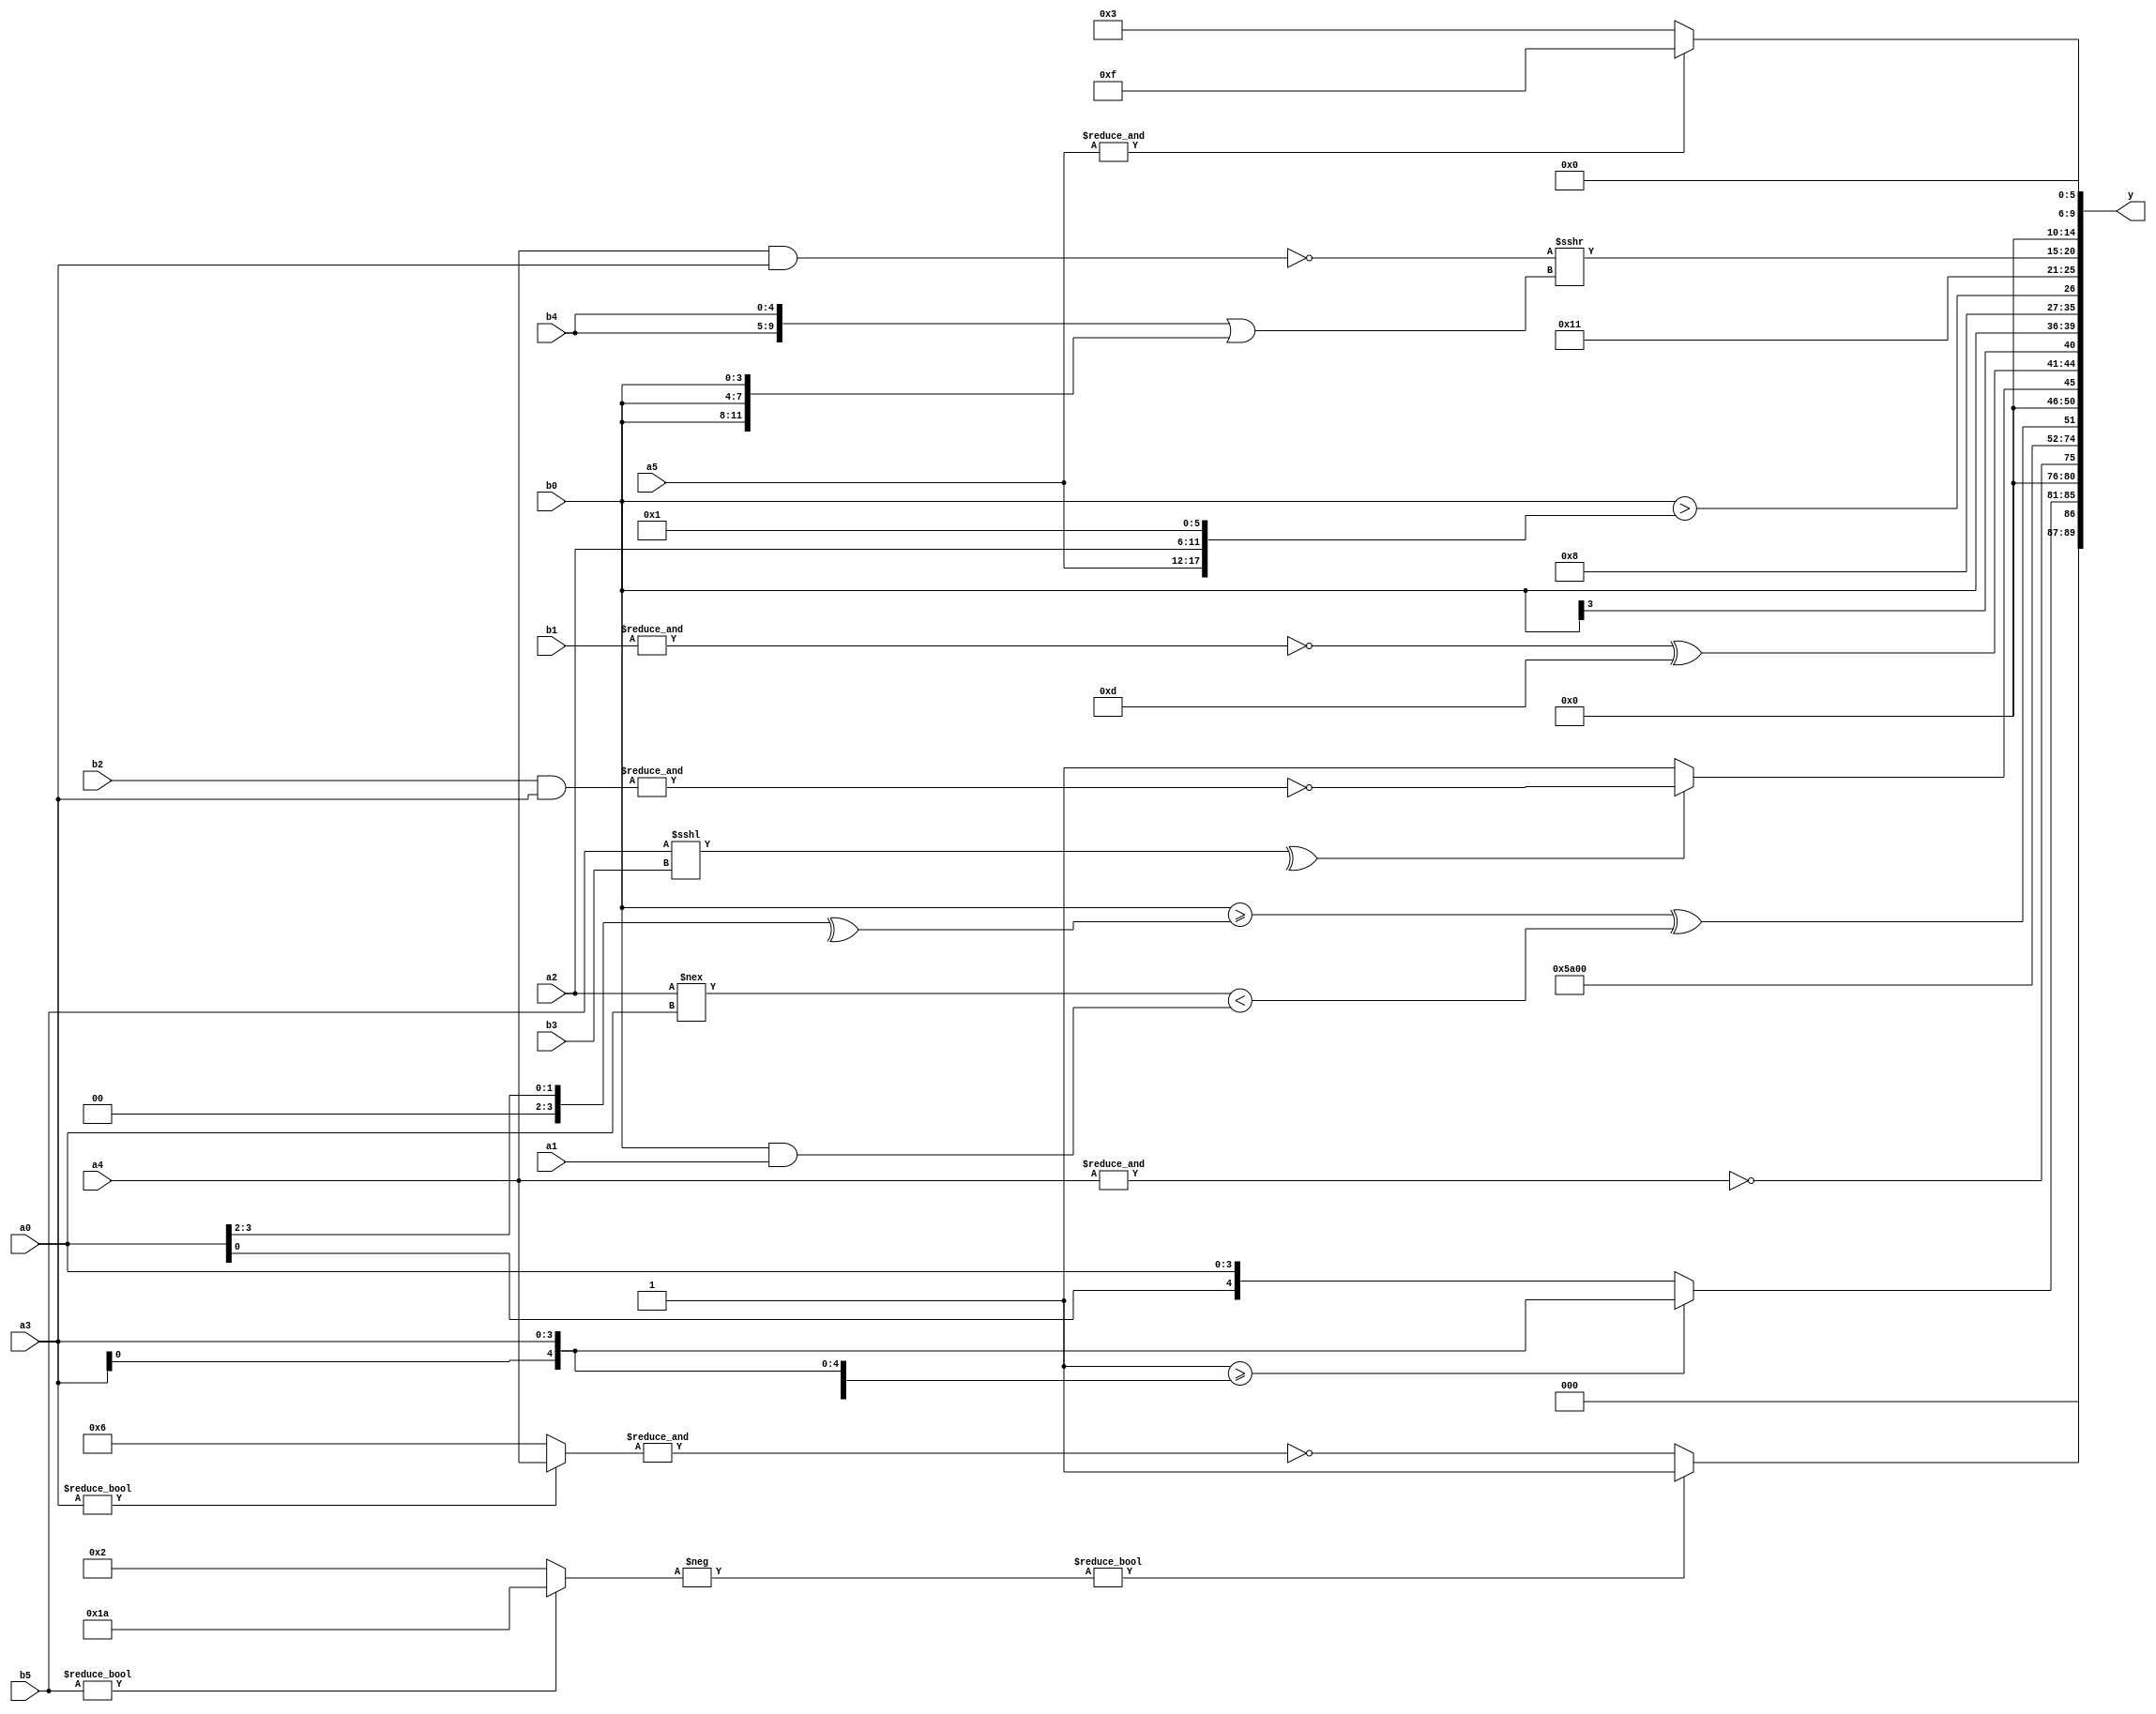
module expression_00000(a0, a1, a2, a3, a4, a5, b0, b1, b2, b3, b4, b5, y);
  input [3:0] a0;
  input [4:0] a1;
  input [5:0] a2;
  input signed [3:0] a3;
  input signed [4:0] a4;
  input signed [5:0] a5;

  input [3:0] b0;
  input [4:0] b1;
  input [5:0] b2;
  input signed [3:0] b3;
  input signed [4:0] b4;
  input signed [5:0] b5;

  wire [3:0] y0;
  wire [4:0] y1;
  wire [5:0] y2;
  wire signed [3:0] y3;
  wire signed [4:0] y4;
  wire signed [5:0] y5;
  wire [3:0] y6;
  wire [4:0] y7;
  wire [5:0] y8;
  wire signed [3:0] y9;
  wire signed [4:0] y10;
  wire signed [5:0] y11;
  wire [3:0] y12;
  wire [4:0] y13;
  wire [5:0] y14;
  wire signed [3:0] y15;
  wire signed [4:0] y16;
  wire signed [5:0] y17;

  output [89:0] y;
  assign y = {y0,y1,y2,y3,y4,y5,y6,y7,y8,y9,y10,y11,y12,y13,y14,y15,y16,y17};

  localparam [3:0] p0 = (+(5'd27));
  localparam [4:0] p1 = {2{{4{((-3'sd0)>>(5'd19))}}}};
  localparam [5:0] p2 = {{(-(-5'sd12)),(2'd0),((4'd11)&&(-2'sd0))},(-3'sd3),(-3'sd0)};
  localparam signed [3:0] p3 = (-({4{(2'sd1)}}?{4{(-4'sd5)}}:{2{(4'd5)}}));
  localparam signed [4:0] p4 = ((5'sd1)?(-4'sd6):(2'd3));
  localparam signed [5:0] p5 = ((-(-((2'd3)===(3'd6))))>(-2'sd1));
  localparam [3:0] p6 = {2{(~&{4{(2'sd1)}})}};
  localparam [4:0] p7 = (+({1{(3'd2)}}+((5'd22)?(-3'sd0):(3'sd2))));
  localparam [5:0] p8 = (~(5'd18));
  localparam signed [3:0] p9 = {4{(~^(4'd11))}};
  localparam signed [4:0] p10 = {((3'd0)>(3'sd2)),((4'sd6)<<<(3'sd0))};
  localparam signed [5:0] p11 = (!(~|(2'sd1)));
  localparam [3:0] p12 = ((5'd6)?(-5'sd14):(2'd1));
  localparam [4:0] p13 = (({(4'd12),(2'sd0)}|(3'sd1))-({(2'sd1),(2'd2)}?(-3'sd3):(!(4'd1))));
  localparam [5:0] p14 = ((~|((2'd0)==(4'd1)))==({(5'd23)}<{(-2'sd1),(4'd0)}));
  localparam signed [3:0] p15 = (((^(+(2'd3)))==(3'd5))<=((-5'sd14)|(+((3'sd3)<(-5'sd11)))));
  localparam signed [4:0] p16 = ((-4'sd7)^(4'd13));
  localparam signed [5:0] p17 = (~^(-((-2'sd1)==(-4'sd6))));

  assign y0 = ((-(b5?p4:p12))?(~^(+(~|(~p16)))):(~|(&(a3?a4:p10))));
  assign y1 = (((p9<p0)>={3{a3}})?$signed({3{(a3)}}):$unsigned({3{$unsigned(a0)}}));
  assign y2 = ({4{p2}}?(~&a4):(p0?p16:p12));
  assign y3 = (+p1);
  assign y4 = (^p4);
  assign y5 = {3{{p17,p13,p4}}};
  assign y6 = ({4{(~(p3||p16))}}+{2{((p12<<<p8)<<<(^p1))}});
  assign y7 = $unsigned((+($signed((($unsigned(b0))>=(^(a0>>p7))))^$unsigned((-($signed((a2!==a0))<$unsigned((b0&&a1))))))));
  assign y8 = ((~(+(-(^(b5<<<b3)))))?(+(~&(~^(^(p3?p12:b5))))):(|(!(&(b2&a3)))));
  assign y9 = {2{$unsigned(((~|(&b1))^(p11|p8)))}};
  assign y10 = $signed(b0);
  assign y11 = {2{p14}};
  assign y12 = $unsigned(({(p7?b0:b3)}>{a5,a2,p11}));
  assign y13 = {4{{3{p15}}}};
  assign y14 = ({1{(!(a4&a3))}}>>>({2{b4}}||{3{b0}}));
  assign y15 = (-4'sd0);
  assign y16 = ((~&a5)?(5'sd3):(4'd15));
  assign y17 = (((~^(~|p10))?(~|(!p3)):($signed(p11)))&(~|((&(~p17))?(|(-p12)):(p8?p12:p3))));
endmodule